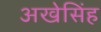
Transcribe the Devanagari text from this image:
अखेसिंह